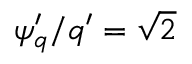
\psi _ { q } ^ { \prime } / q ^ { \prime } = \sqrt { 2 }